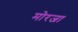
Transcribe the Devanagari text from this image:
मोरजा